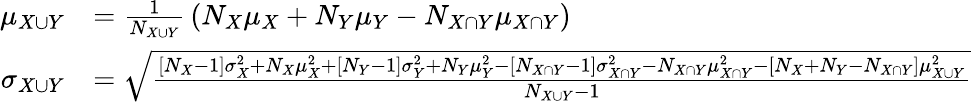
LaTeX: {\begin{array}{rl}{\mu_{X\cup Y}}&{={\frac{1}{N_{X\cup Y}}}\left(N_{X}\mu_{X}+N_{Y}\mu_{Y}-N_{X\cap Y}\mu_{X\cap Y}\right)}\\ {\sigma_{X\cup Y}}&{={\sqrt{\frac{[N_{X}-1]\sigma_{X}^{2}+N_{X}\mu_{X}^{2}+[N_{Y}-1]\sigma_{Y}^{2}+N_{Y}\mu_{Y}^{2}-[N_{X\cap Y}-1]\sigma_{X\cap Y}^{2}-N_{X\cap Y}\mu_{X\cap Y}^{2}-[N_{X}+N_{Y}-N_{X\cap Y}]\mu_{X\cup Y}^{2}}{N_{X\cup Y}-1}}}}\end{array}}